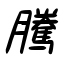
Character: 騰